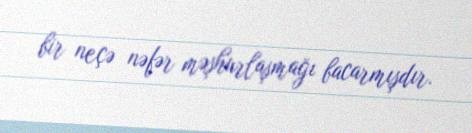
bir neçə nəfər məşhurlaşmağı bacarmışdır.